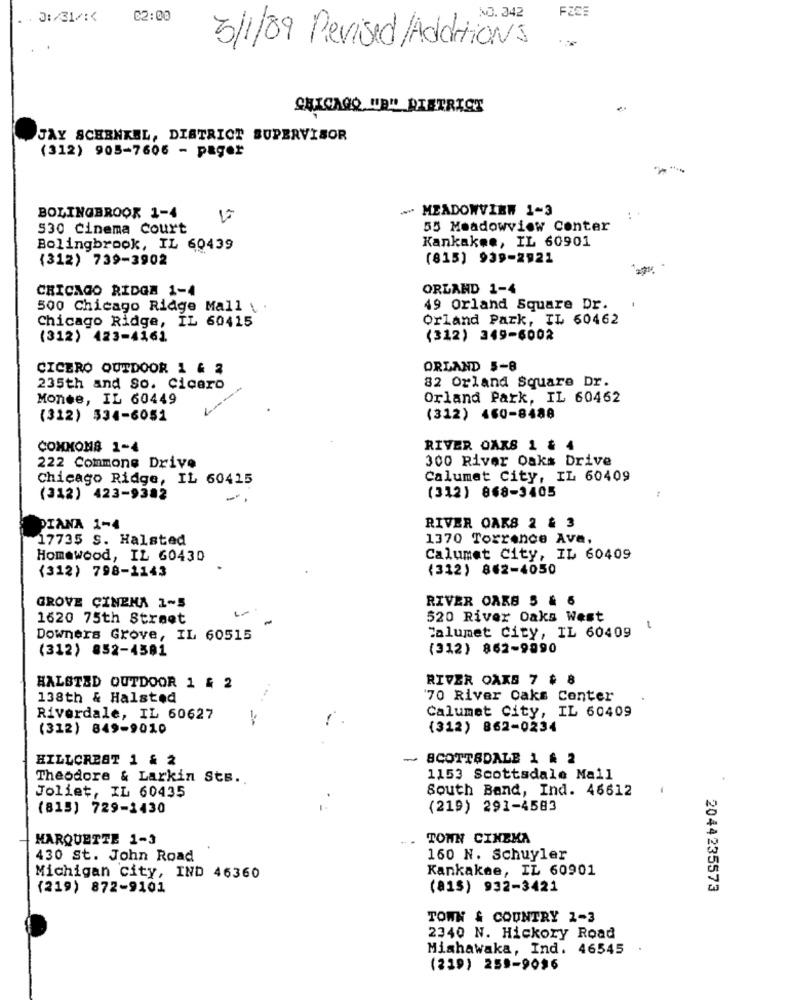
. J:/31/ :<
C2:00
3/1/89 Revised/Additions
CHICAGO "B" DISTRICT
JAY SCHENKEL, DISTRICT SUPERVISOR
(312) 905-7606 - pager
MEADOWVIEW 1-3
BOLINGBROOK 1-4
530 Cinema Court
55 Meadowview Conter
Kankakee, IL 60901
Bolingbrook, IL 60439
(312) 739-3902
(815) 939-2921
CHICAGO RIDGE 1-4
ORLAND 1-4
500 Chicago Ridge Mall \ .
49 Orland Square Dr.
Chicago Ridge, IL 60415
Orland Park, IL 60462
(312) 423-4161
(312) 349-6002
CICERO OUTDOOR 1 & 2
ORLAND 5-8
82 Orland Square Dr.
235th and So. Cicero
Monee, IL 60449
Orland Park, IL 60462
(312) 534-6051
(312) 460-8488
COMMOMS 1-4
RIVER OAKS 1 & 4
300 River Oaks Drive
222 Commons Drive
Chicago Ridge, IL 60415
Calumet City, IL 60409
(312) 423-9382
(312) 868-3405
PIANA 1-4
RIVER OAKS 2 & 3
17735 S. Halsted
1370 Torrence Ave,
Homewood, IL 60430
Calumet City, IL 60409
(312) 798-1143
(312) 862-4050
GROVE CINEMA 1-5
RIVER OAKS 5 & 6
1620 75th Street
520 River Oaks West
Downers Grove, IL 60515
Calumet city, IL 60409
(312) 852-4581
(312) 862-9990
RIVER OAKS 7 # 8
HALSTED OUTDOOR 1 & 2
138th & Halsted
70 River Oaks Conter
Calumet City, IL 60409
Riverdale, IL 60627
(312) 849-9010
(312) 862-0234
HILLCREST 1 & 2
SCOTTSDALE 1 & 2
Theodore & Larkin Sts.
1153 Scottsdale Mail
South Band, Ind. 46612
Joliet, IL 60435
(815) 729-1430
(219) 291-4583
MARQUETTE 1-3
TOWN CINEMA
430 St. John Road
160 N. Schuyler
Kankakee, IL 60901
Michigan city, IND 46360
(219) 872-9101
(815) 932-3421
2044235573
TOWN & COUNTRY 1-3
2340 N. Hickory Road
Mishawaka, Ind. 46545
(229) 259-9096